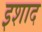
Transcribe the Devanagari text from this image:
इशाद